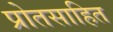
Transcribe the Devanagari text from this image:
प्रोतसाहित